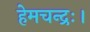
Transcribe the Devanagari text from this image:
हेमचन्द्रः।